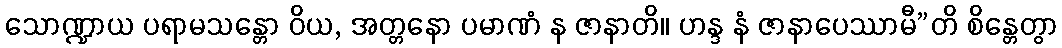
သောဏ္ဍာယ ပရာမသန္တော ဝိယ, အတ္တနော ပမာဏံ န ဇာနာတိ။ ဟန္ဒ နံ ဇာနာပေဿာမီ”တိ စိန္တေတွာ